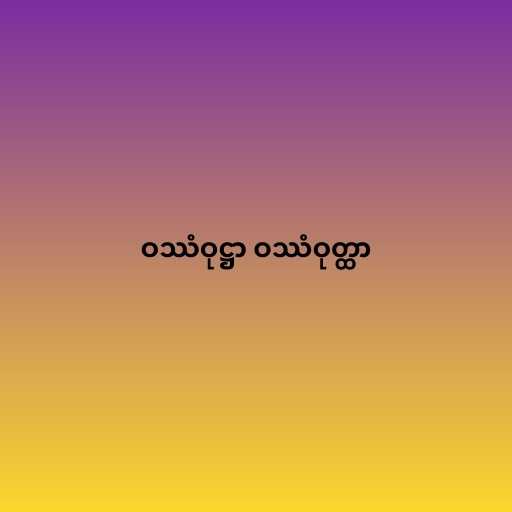
ဝဿံဝုဋ္ဌာ ဝဿံဝုတ္ထာ